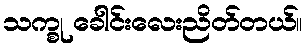
သက္စု ခေါင်းလေးညိတ်တယ်။